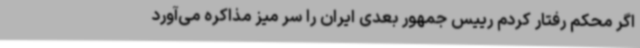
اگر محکم رفتار کردم رییس جمهور بعدی ایران را سر میز مذاکره می‌آورد